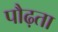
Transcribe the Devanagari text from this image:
पौढ़ता